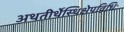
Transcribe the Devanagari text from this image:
अथतीर्थेस्थिक्षेपविधिः